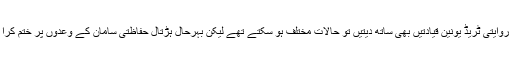
اگر باقی روایتی ٹریڈ یونین قیادتیں بھی ساتھ دیتیں تو حالات مختلف ہو سکتے تھے لیکن بہرحال ہڑتال حفاظتی سامان کے وعدوں پر ختم کرا دی گئی۔